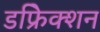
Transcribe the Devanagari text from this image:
डफ्रेिक्शन